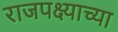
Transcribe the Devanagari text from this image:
राजपक्ष्याच्या